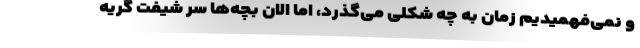
و نمی‌فهمیدیم زمان به چه شکلی می‌گذرد، اما الان بچه‌ها سر شیفت گریه